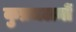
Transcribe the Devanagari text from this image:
कुप्रचलनों